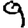
Digit: 9